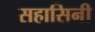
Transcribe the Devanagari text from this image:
सहासिनी